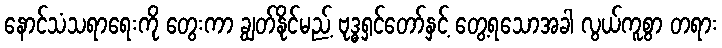
နောင်သံသရာရေးကို တွေးကာ ချွတ်နိုင်မည့် ဗုဒ္ဓရှင်တော်နှင့် တွေ့ရသောအခါ လွယ်ကူစွာ တရား